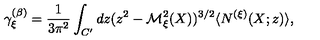
\gamma _ { \xi } ^ { ( \beta ) } = \frac { 1 } { 3 \pi ^ { 2 } } \int _ { C ^ { \prime } } d z ( z ^ { 2 } - { \cal M } _ { \xi } ^ { 2 } ( X ) ) ^ { 3 / 2 } \langle N ^ { ( \xi ) } ( X ; z ) \rangle ,